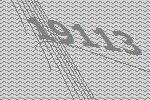
19113